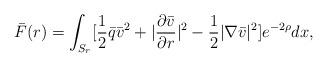
LaTeX: \begin{align*} \bar{F}(r)=\int_{S_r} [\frac{1}{2}\bar{q}\bar{v}^2+|\frac{\partial \bar{v}}{\partial r}|^2-\frac{1}{2}|\nabla \bar{v}|^2]e^{-2\rho}dx,\end{align*}